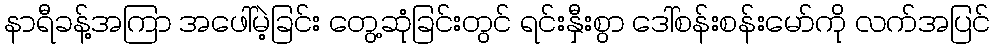
နာရီခန့်အကြာ အဖေါ်မဲ့ခြင်း တွေ့ဆုံခြင်းတွင် ရင်းနှီးစွာ ဒေါ်စန်းစန်းမော်ကို လက်အပြင်